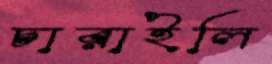
চারাইলি